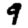
Digit: 9